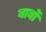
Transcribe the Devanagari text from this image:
बार्बो